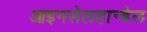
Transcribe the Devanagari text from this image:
आइनसेलहान्डेल